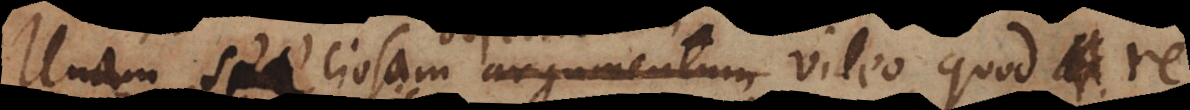
Unum speciosum argumentum video, quod a re